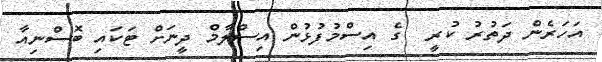
އަހަރެން ދަތުރު ކުރީ  ގެ އިސްމުފުޅުން އިސްލާމް ދީނަށް ޓަކައި ބޮސްނިއާ